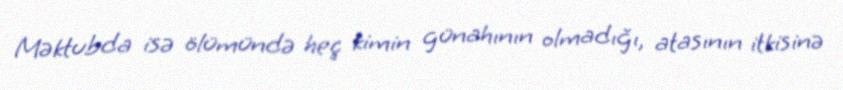
Məktubda isə ölümündə heç kimin günahının olmadığı, atasının itkisinə